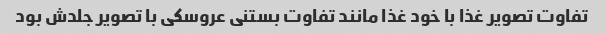
تفاوت تصویر غذا با خود غذا مانند تفاوت بستنی عروسکی با تصویر جلدش بود